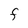
Character: F